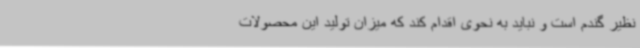
نظیر گندم است و نباید به نحوی اقدام کند که میزان تولید این محصولات